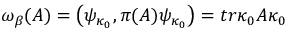
\omega _ { \beta } ( A ) = \left( \psi _ { \kappa _ { 0 } } , \pi ( A ) \psi _ { \kappa _ { 0 } } \right) = t r \kappa _ { 0 } A \kappa _ { 0 }